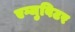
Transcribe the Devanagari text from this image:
एग्जुबिटर